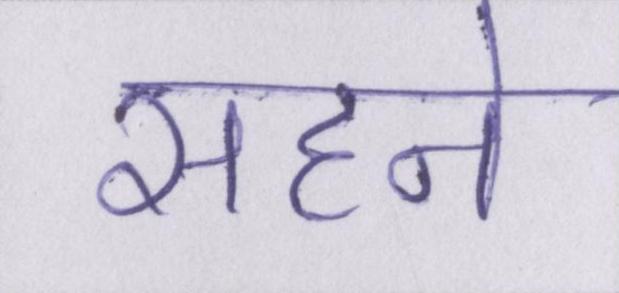
सहने